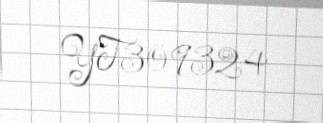
YT309324